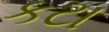
કટા